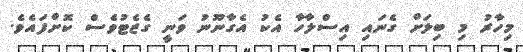
މިހާރު މި ބިލަށް ގެނައި އިސްލާހާ އެކު އެގާނޫނު ވަނީ ގެޒެޓުވެސް ކޮށްފައެވެ.